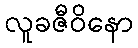
လူခဇီဝိနော